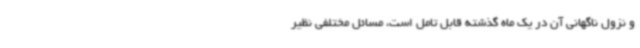
و نزول ناگهانی آن در یک ماه گذشته قابل تامل است، مسائل مختلفی نظیر